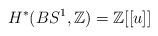
LaTeX: \begin{align*}H^*(BS^1,\mathbb{Z})=\mathbb{Z}[[u]]\end{align*}